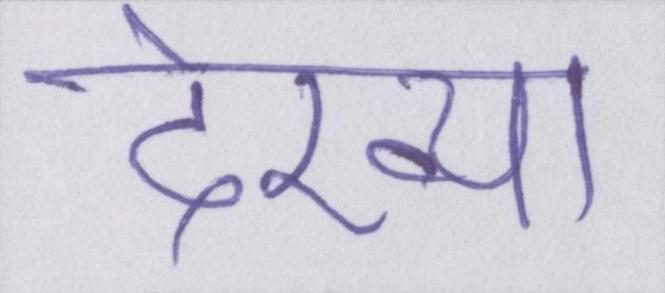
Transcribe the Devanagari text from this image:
देख्या